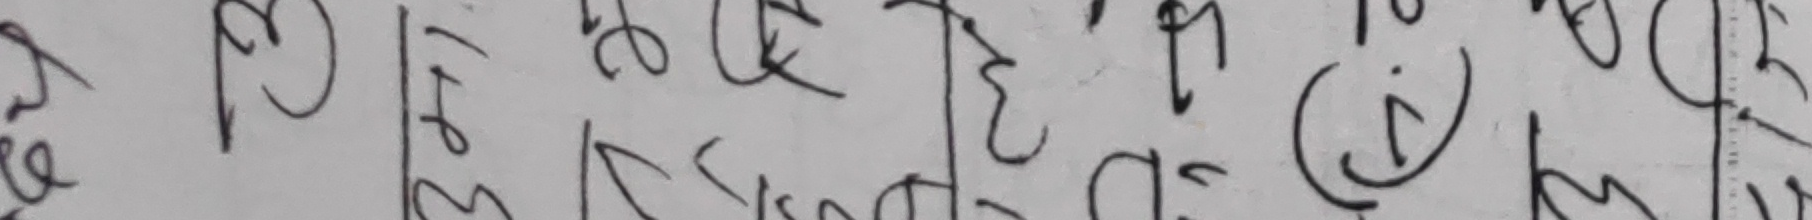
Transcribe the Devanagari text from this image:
३१। ले २६ हे (i) क